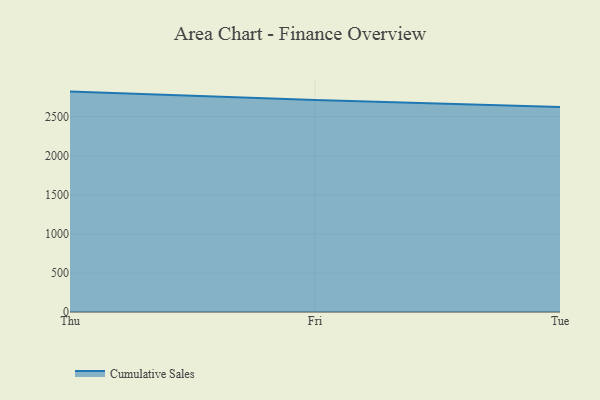
{"axis": {"x": "Day", "y": "Temperature (°C)"}, "legend": ["Cumulative Sales"], "data": [{"x": "Thu", "y": 2820.7, "type": "Cumulative Sales"}, {"x": "Fri", "y": 2712.7, "type": "Cumulative Sales"}, {"x": "Tue", "y": 2624.3, "type": "Cumulative Sales"}]}